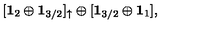
[ { \bf 1 } _ { 2 } \oplus { \bf 1 } _ { 3 / 2 } ] _ { \uparrow } \oplus [ { \bf 1 } _ { 3 / 2 } \oplus { \bf 1 } _ { 1 } ] ,